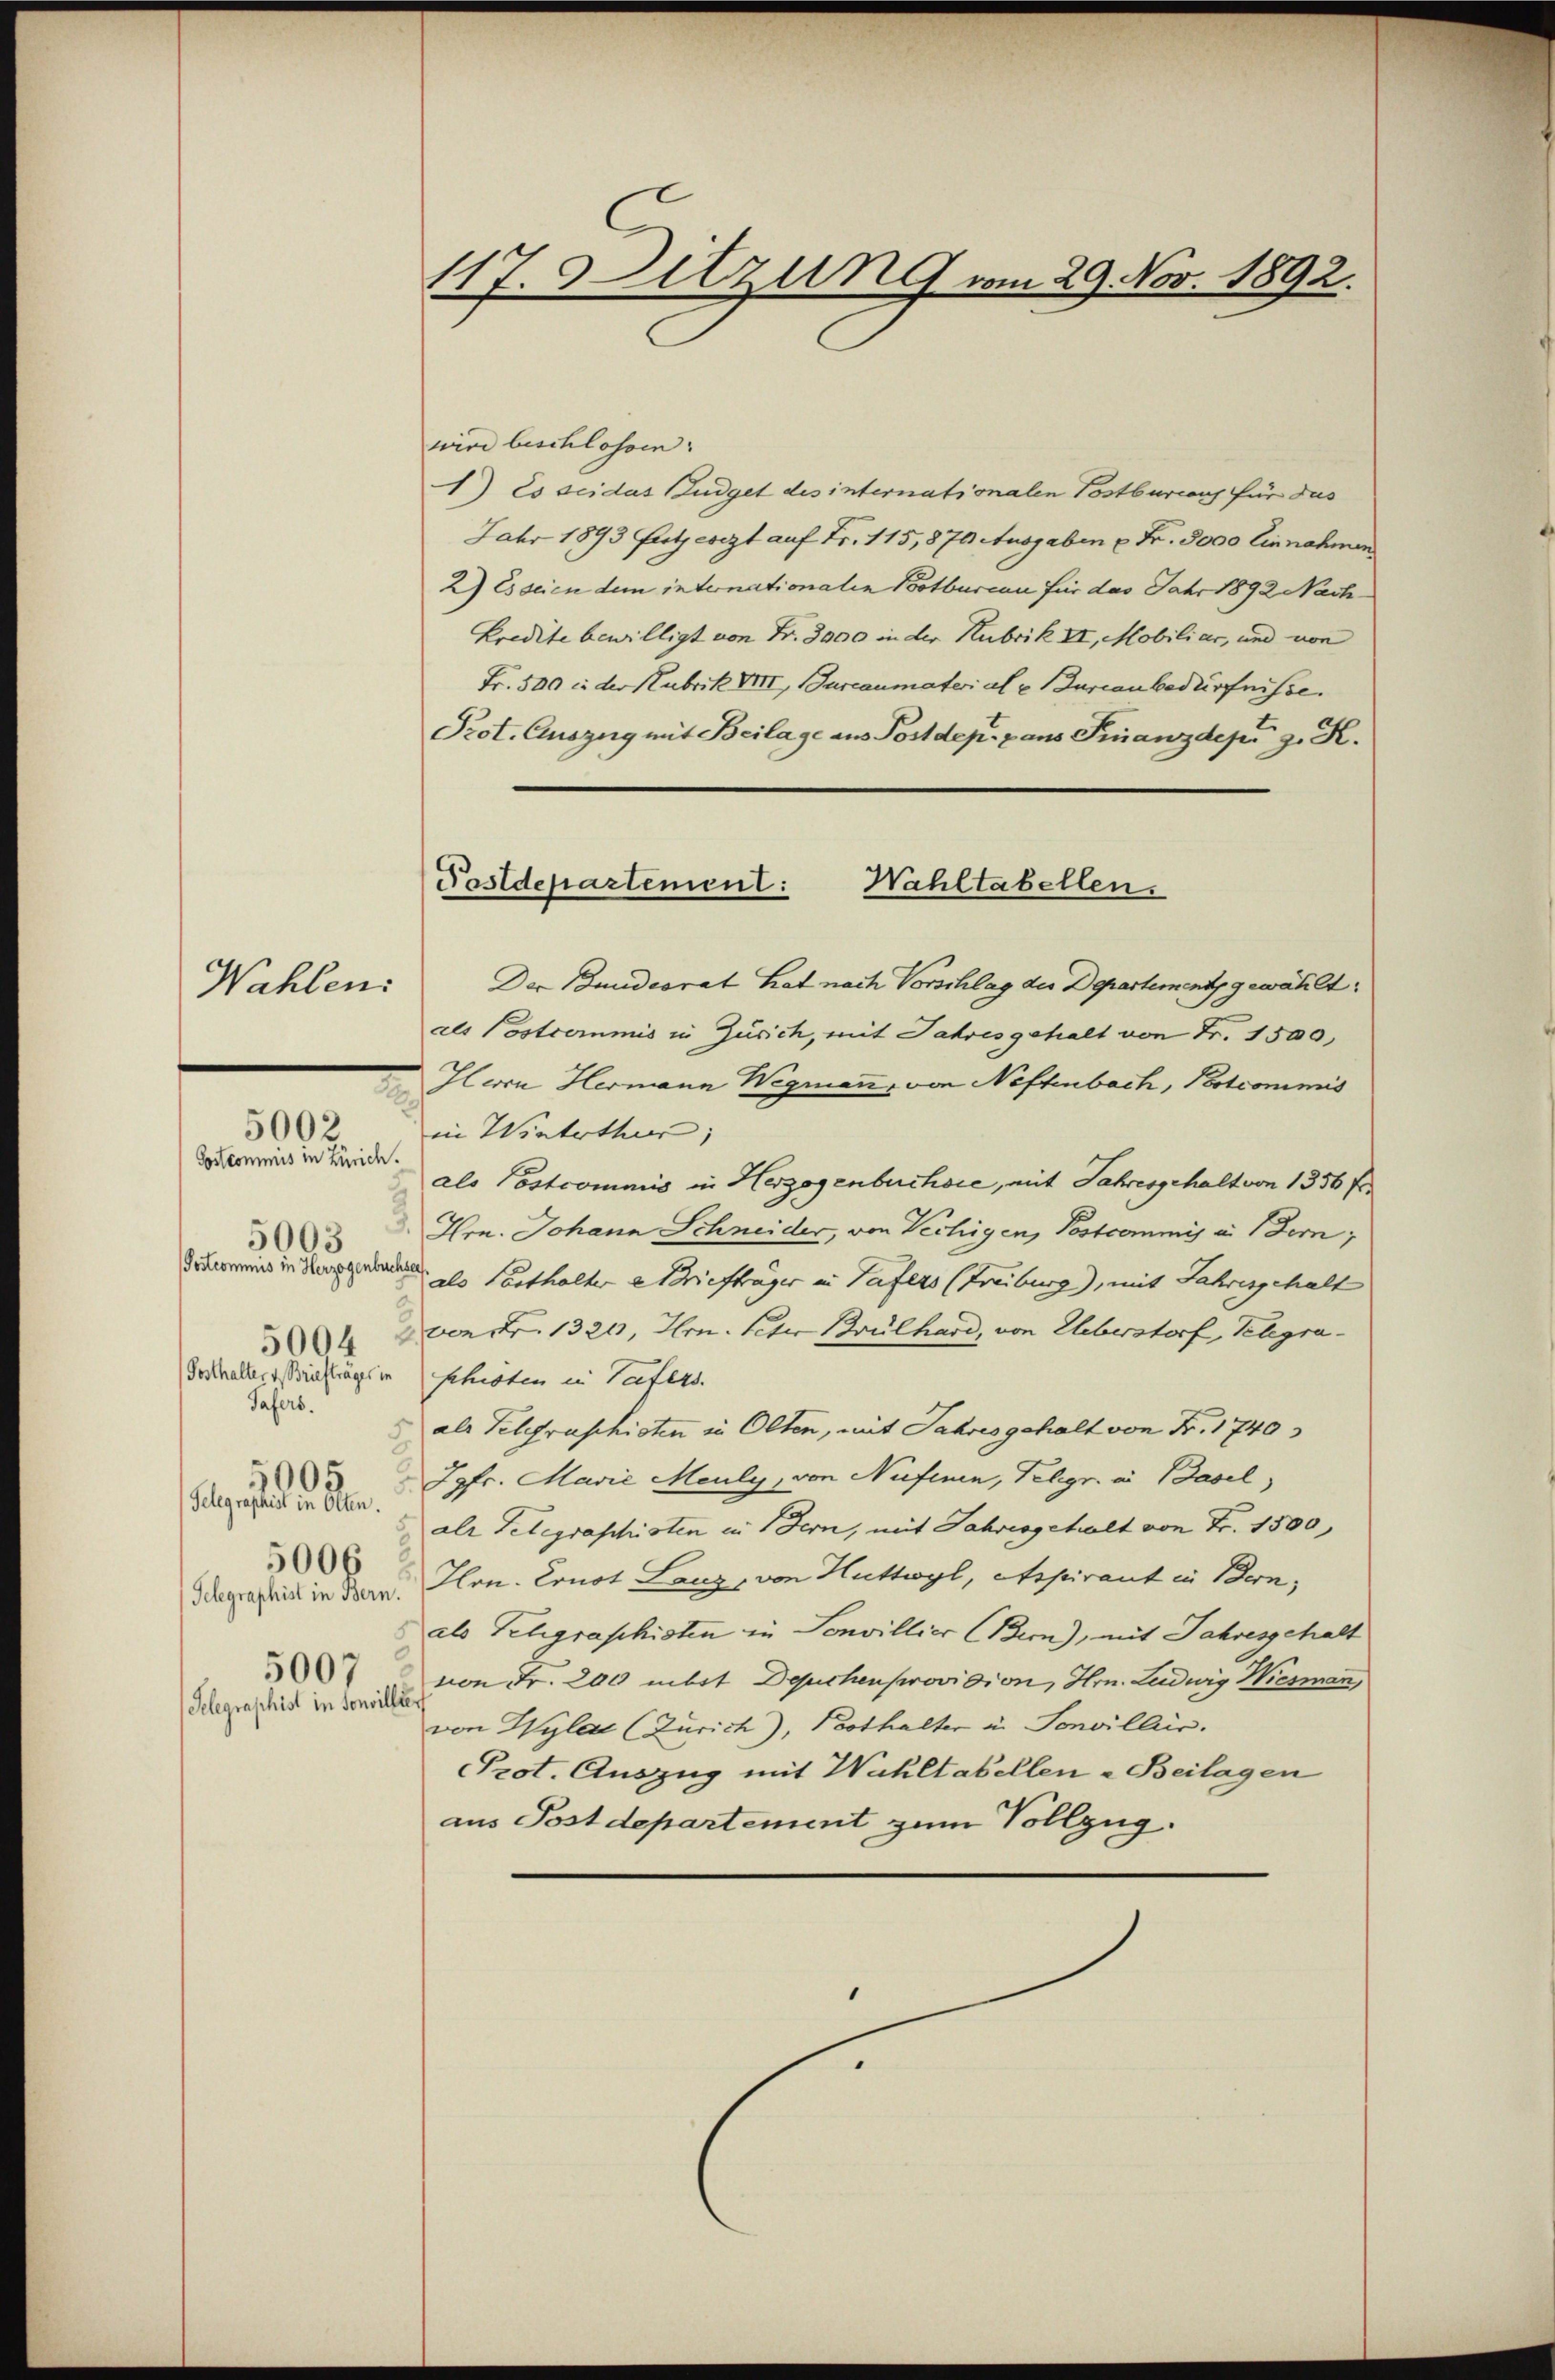
Wahlen:

Postcommis in Zürich.
5003
Tafers.
Telegraphist in Olten
Telegraphist in Bern.
5007
Pelegraphist in Sonvillen

5002

117. Sitzung vom 29. Nov. 1892.

wird beschlossen:
1) Es seides (Gudget des internationalen Postbureaus für das
Jahr 1893 Futzesezt auf Fr. 115,870 Ausgaben u. Fr. 5000 Einnahmen
2) Es seien dem internationalen Bootbureau für das Jahr 1892 Nach¬
Kredite bewilligt von Fr. 3000 in der Hubrik II, Mobiliar, und von
Fr. 500 in der Kubrik VIII, Bureaumaterial u. Bureau bedürfnisse.
Prot. Auszug mit Beilage aus Postdep. pans Finanzdepr z. K.
Der Panidiorat hat nach Vorschlag der Departement gewählt:
als Postcommis in Zürich, mit Jahres gehalt von Fr. 1500,
Herrn Hermann Wegrenz, von Neffenbach, Kotcommis
n itelten,
als Postcommis in Herzogenbuchoie, mit Jahresgehalt von 1356 f.
Ihrn. Johann Schneider, von Vechigen, Postcommis a. Bern,
duums in dem Parthalter Briefträger in Tafers (Freiburg), mit Jahresgehalt
 2 von Nr. 1320, Hrn. Peter Brulhard, von Ueberstorf, Telegra
Posthalter erachtrags in schirten in Tafers.
als Telegraphisten in Olten, mit Jahres gehalt von Fr. 1740
 " Jgfr. Marie Meuly, von Nufenen, Telegr. an Basel,
alr Telegraphisten in Bern, mit Jahresgehalt von Fr. 1500,
Hon. Ernot Lanz, von Huttwyl, Aspirant in Bern,
als Telegraphisten in Sonvillier (Ber), mit Jahresgehalt
von Fr. 200 mit Depichenprovision, Hrn. Ludwig Wiesmann,
von Wyla (Zürich), Pesthalter u. Sonvillis.
Prot. Auszug mit Wuhltabellen - Beilagen
aus Postdepartement zum Vollzug.

Wahltabellen.
Postdepartement: